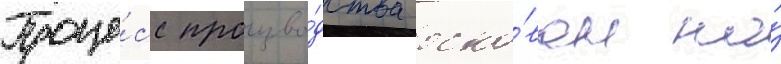
Проце́сс произво́дства осно́ван на́